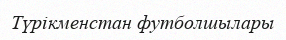
Түрікменстан футболшылары